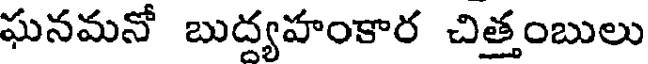
ఘనమనో బుద్యహంకార చిత్తంబులు